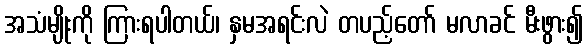
အသံမျိုးကို ကြားရပါတယ်၊ နှမအရင်းလဲ တပည့်တော် မလာခင် မီးဖွား၍